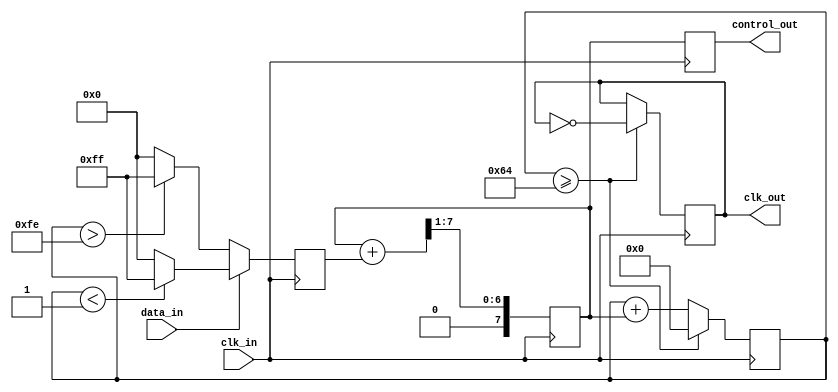
module ClockRecoveryPLL (
    input wire clk_in,          // Incoming data clock
    input wire data_in,         // Incoming data signal
    output reg clk_out,         // Recovered clock output
    output reg [7:0] control_out // Control signal for VCO
);
    // Parameters
    parameter integer VCO_FREQ = 100; // Frequency of VCO (in some units)
    parameter integer PHASE_THRESHOLD = 1; // Phase detection threshold

    // Internal signals
    reg [7:0] phase_detector_output; // Output of phase detector
    reg [7:0] loop_filter_output;     // Output of loop filter
    reg [15:0] vco_counter;           // VCO frequency adjustment counter

    // Phase Detector
    always @(posedge clk_in) begin
        // Simple phase detection logic
        if (data_in == 1) begin
            phase_detector_output <= (vco_counter < PHASE_THRESHOLD) ? 8'hFF : 8'h00;
        end else begin
            phase_detector_output <= (vco_counter > 8'hFF - PHASE_THRESHOLD) ? 8'hFF : 8'h00;
        end
    end

    // Loop Filter
    always @(posedge clk_in) begin
        // A simplistic low-pass filter implementation
        loop_filter_output <= (loop_filter_output + phase_detector_output) >> 1;
    end

    // Voltage-Controlled Oscillator (VCO)
    always @(posedge clk_in) begin
        // VCO frequency adjustment logic
        vco_counter <= vco_counter + loop_filter_output;
        if (vco_counter >= VCO_FREQ) begin
            clk_out <= ~clk_out; // Toggle clock output
            vco_counter <= 0; // Reset counter
        end
    end

    // Control Output
    always @(posedge clk_in) begin
        control_out <= loop_filter_output; // Output control signal for VCO tuning
    end

endmodule